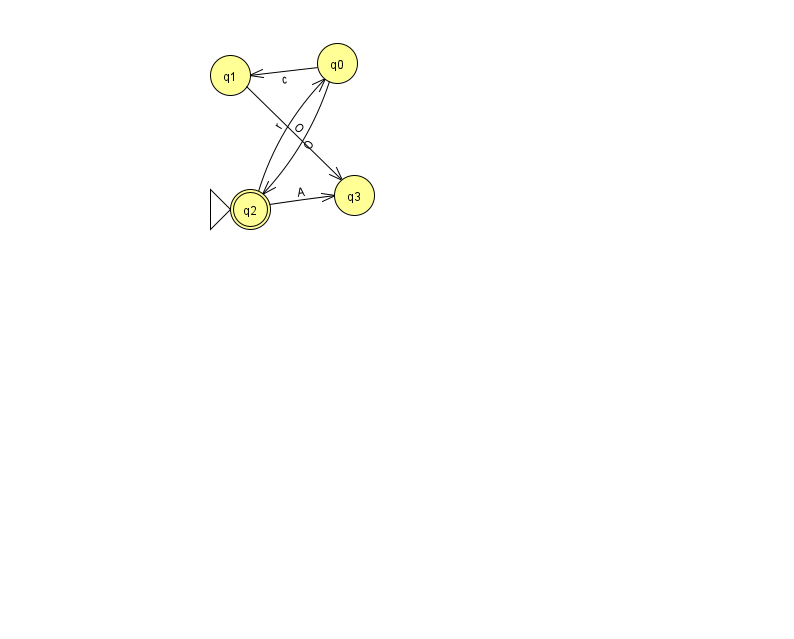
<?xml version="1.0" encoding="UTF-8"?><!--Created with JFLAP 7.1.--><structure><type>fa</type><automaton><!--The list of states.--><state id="0" name="q0"><x>337.0</x><y>50.0</y></state><state id="1" name="q1"><x>230.0</x><y>62.0</y></state><state id="2" name="q2"><x>250.0</x><y>196.0</y><initial/><final/></state><state id="3" name="q3"><x>354.0</x><y>182.0</y></state><!--The list of transitions.--><transition><from>0</from><to>1</to><read>c</read></transition><transition><from>1</from><to>3</to><read>O</read></transition><transition><from>2</from><to>0</to><read>r</read></transition><transition><from>0</from><to>2</to><read>O</read></transition><transition><from>2</from><to>3</to><read>A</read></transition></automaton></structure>